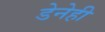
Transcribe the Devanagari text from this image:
डेनेही